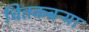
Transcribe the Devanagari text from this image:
चितकबऱ्या